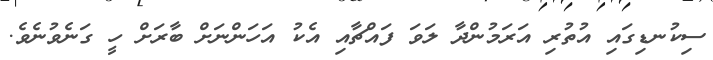
ސިކުނޑިގައި އުތުރި އަރަމުންދާ ލަވަ ފައްޗާއި އެކު އަހަންނަށް ބާރަށް ހީ ގަނެވުނެވެ.